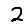
Digit: 2